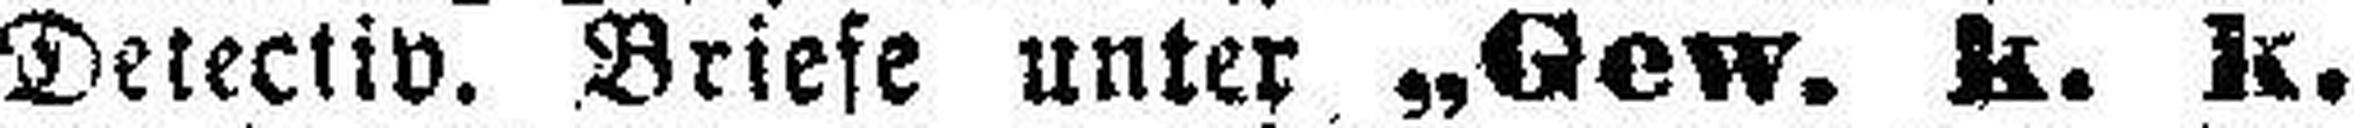
Detectiv. Briefe unter „Gew. k. k.